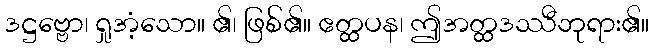
ဒဋ္ဌဗ္ဗော၊ ရှုအံ့သော။ ၏၊ ဖြစ်၏။ ဧတ္ထပန၊ ဤအတ္ထဒဿီဘုရား၏။